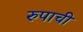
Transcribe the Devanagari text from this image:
रुपाची